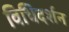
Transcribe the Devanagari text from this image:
विधिदर्शन